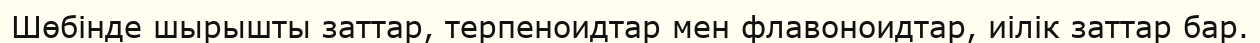
Шөбінде шырышты заттар, терпеноидтар мен флавоноидтар, иілік заттар бар.